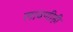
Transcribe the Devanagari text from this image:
लावणीही